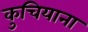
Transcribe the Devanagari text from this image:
कुचियाना